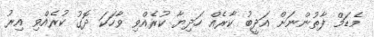
މެޑަމް ފާތުންނަށް އަދީބު ކާރެއް ހަދިޔާ ކުރެއްވި ވާހަކަ ދޮގު ކުރެއްވި އިރު